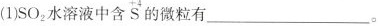
(1)SO_{2}水溶液中含S的微粒有___。